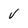
Character: v